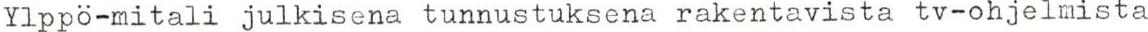
Ylppö-mitali julkisena tunnustuksena rakentavista tv-ohjelmista